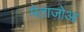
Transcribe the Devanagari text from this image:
मेताज़ोआ